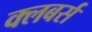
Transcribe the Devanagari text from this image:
क्लबर्स